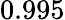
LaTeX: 0.995